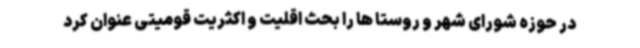
در حوزه شورای شهر و روستا ها را بحث اقلیت و اکثریت قومیتی عنوان کرد